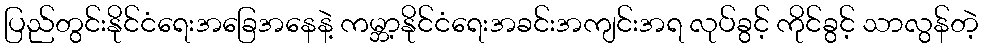
ပြည်တွင်းနိုင်ငံရေးအခြေအနေနဲ့ ကမ္ဘာ့နိုင်ငံရေးအခင်းအကျင်းအရ လုပ်ခွင့် ကိုင်ခွင့် သာလွန်တဲ့